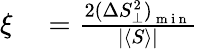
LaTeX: \begin{array}{rl}{\xi}&{{}=\frac{{2(\Delta S_{\bot}^{2})}_{\mathrm{~m~i~n~}}}{\left|\left\langle S\right\rangle\right|}}\end{array}